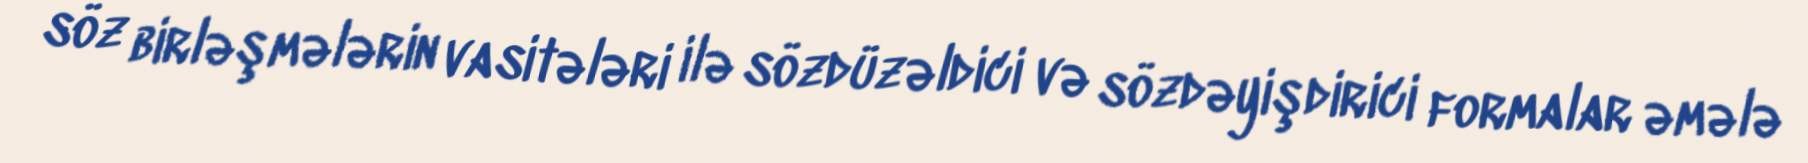
söz birləşmələrin vasitələri ilə sözdüzəldici və sözdəyişdirici formalar əmələ